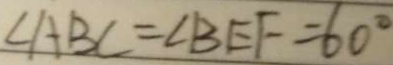
\angle A B C = \angle B E F = 6 0 ^ { \circ }